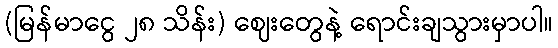
(မြန်မာငွေ ၂၈ သိန်း) ဈေးတွေနဲ့ ရောင်းချသွားမှာပါ။